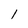
Character: l